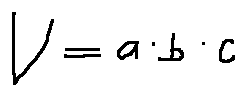
V = a \cdot b \cdot c